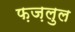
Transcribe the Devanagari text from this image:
फ़ज़लुल